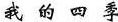
我 的 四 季